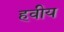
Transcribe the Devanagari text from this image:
हवीय